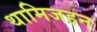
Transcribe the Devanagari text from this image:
थामिजहन